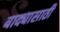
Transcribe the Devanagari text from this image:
वाद्यासाठी